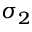
\sigma _ { 2 }